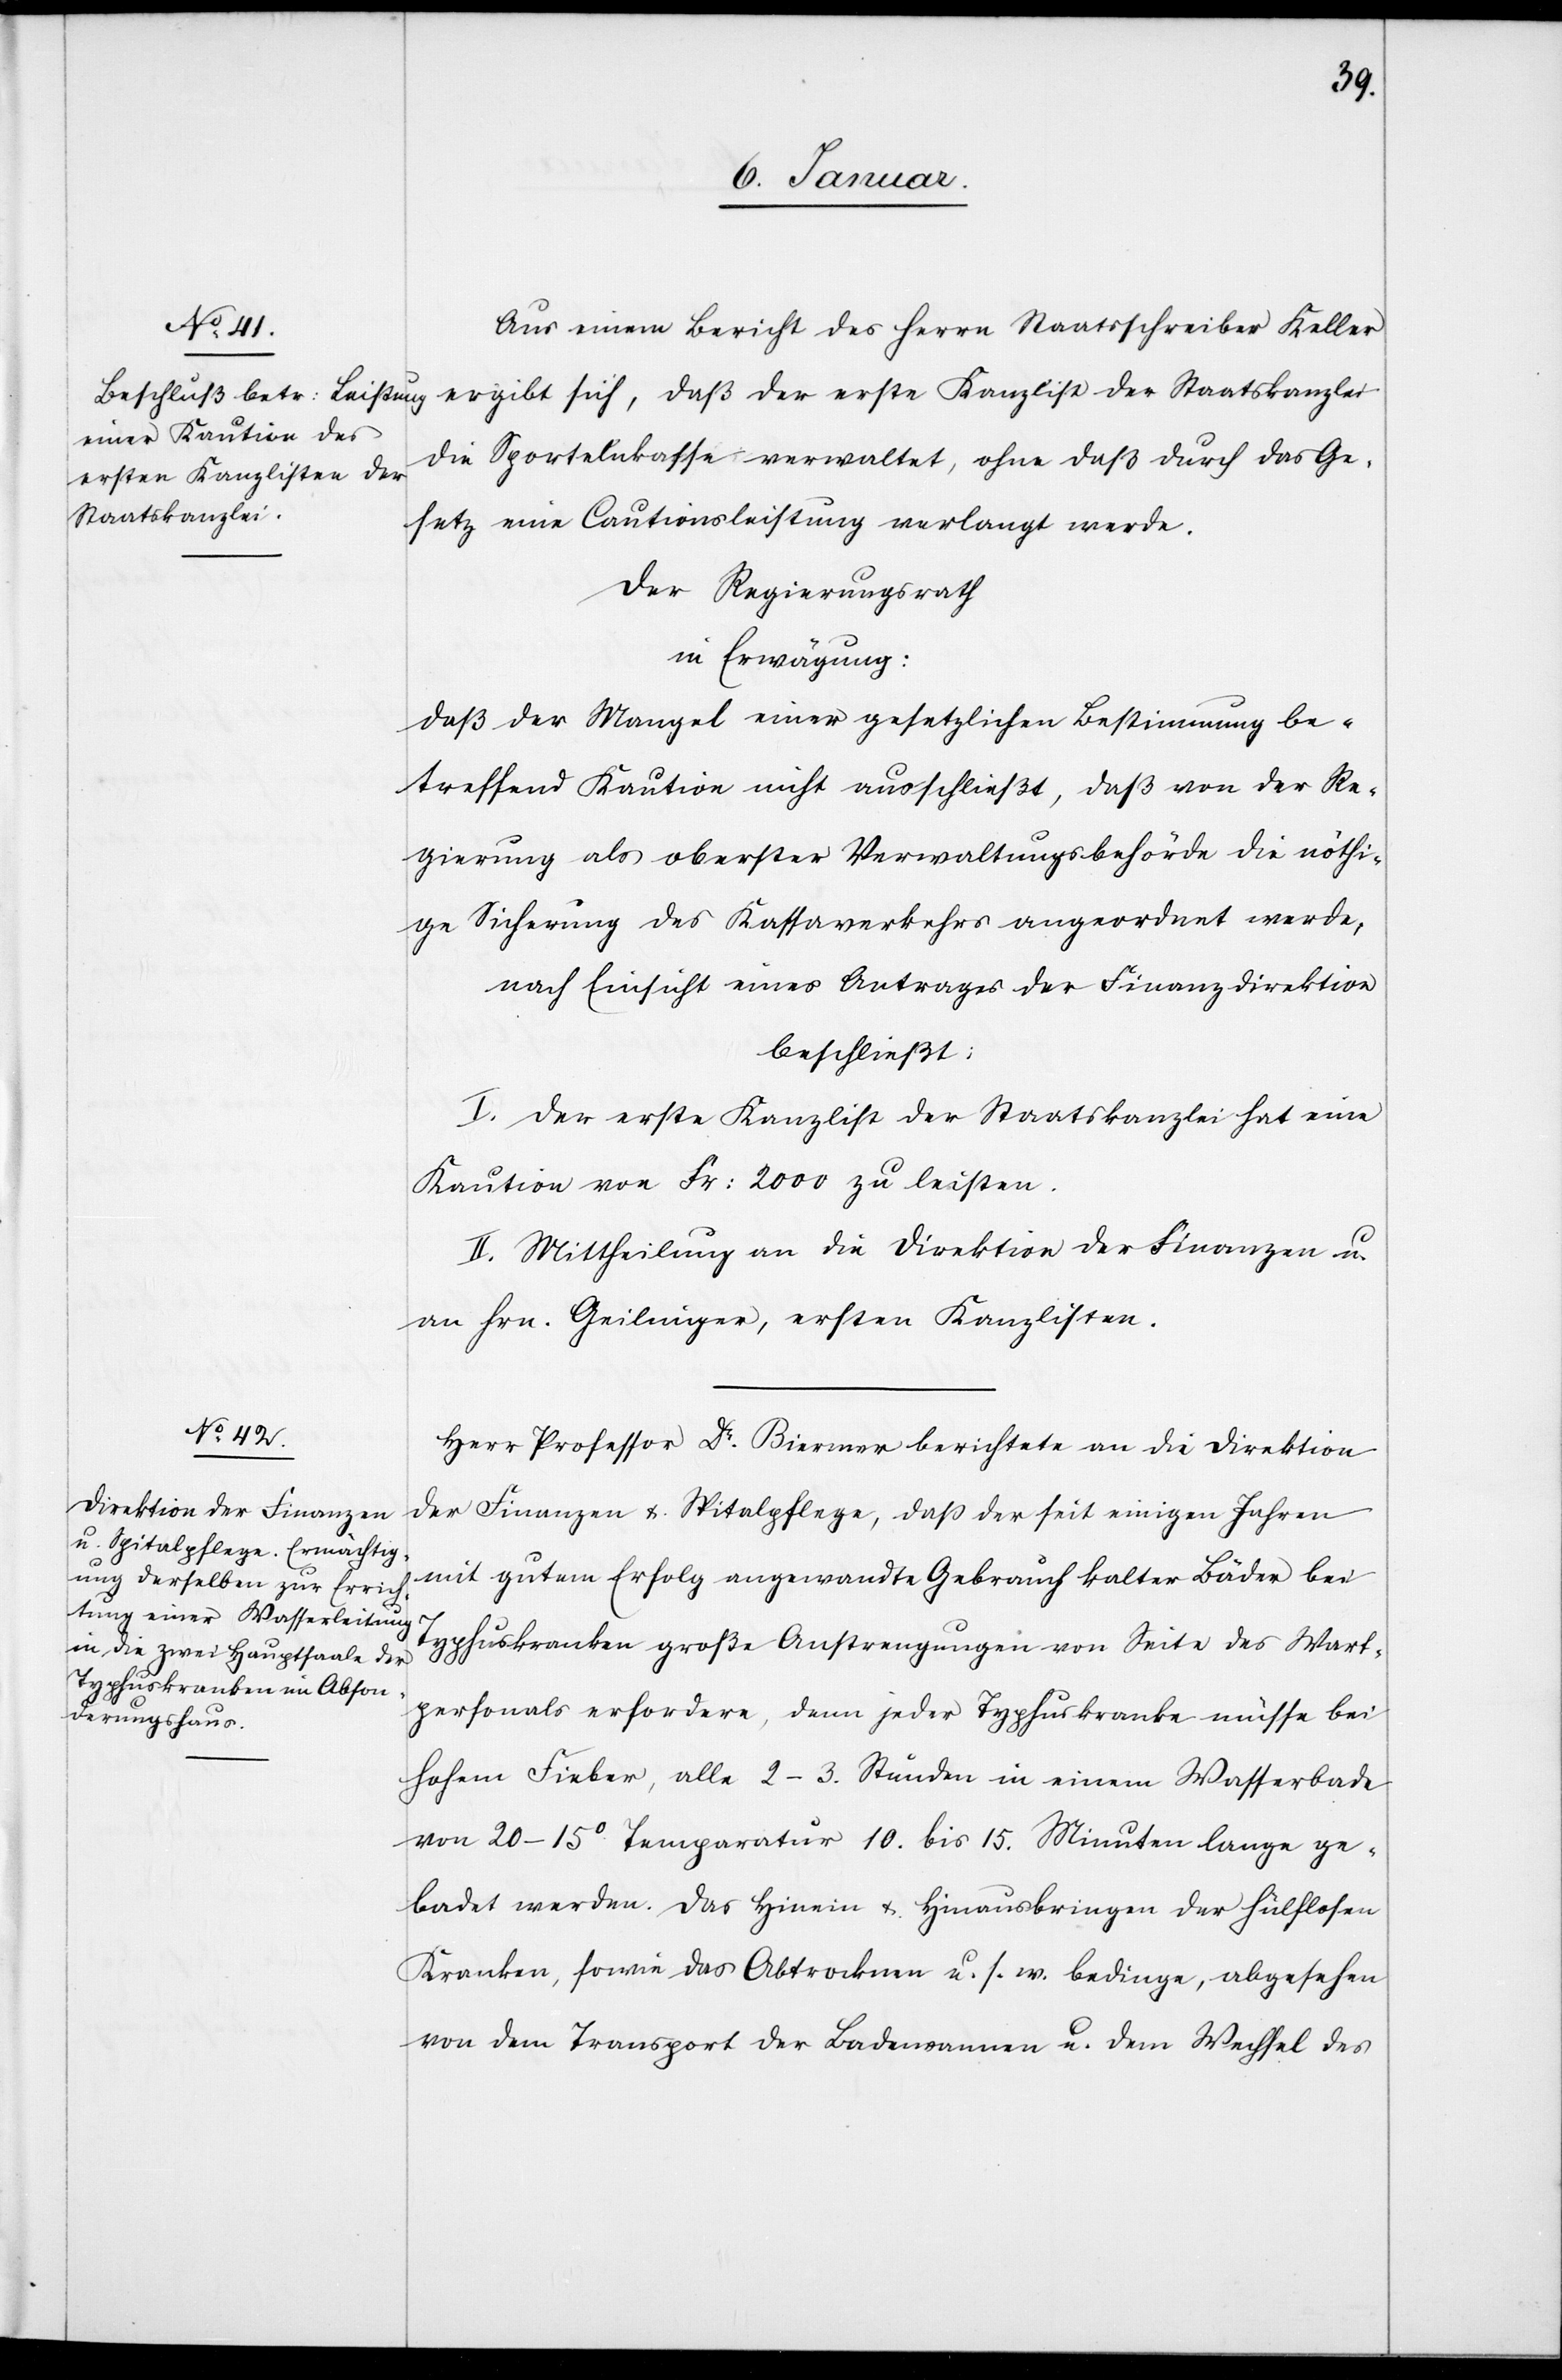
Aus einem Bericht des Herrn Staatsschreiber Keller
die Sportelnkasse verwaltet, ohne daß durch das Ge¬
erste Kanzlist der
Staatskanzlei
setz eine Cautionsleistung verlangt werde.
Der Regierungsrath
in Erwägung:
daß der Mangel einer gesetzlichen Bestimmung be¬
treffend Kaution nicht ausschließt, daß von der Re¬
gierung als oberster Verwaltungsbehörde die nöthi¬
ge Sicherung des Kassaverkehrs angeordnet werde,
nach Einsicht eines Antrages der Finanzdirektion
beschließt:
I. Der erste Kanzlist der Staatskanzlei hat eine
Kaution von Fr: 2000 zu leisten.
II. Mittheilung an die Direktion der Finanzen u.
an Hrn. Geilinger, ersten Kanzlisten.
Herr Professor Dr. Biermer berichtete an die Direktion
der Finanzen u. Spitalpflege, daß der seit einigen Jahren
mit gutem Erfolg angewandte Gebrauch kalter Bäder bei
Typhuskranken große Anstrengungen von Seite des Wart¬
personals erfordere, denn jeder Typhuskranke müsse bei
hohem Fieber, alle 2–3. Stunden in einem Wasserbade
von 20–15° Temparatur 10. bis 15 Minuten lange ge¬
badet werden. Das Hinein[-] u. Hinausbringen der hülflosen
Kranken, sowie das Abtrocknen u. s. w. bedinge, abgesehen
von dem Transport der Badewannen u. dem Wechsel des